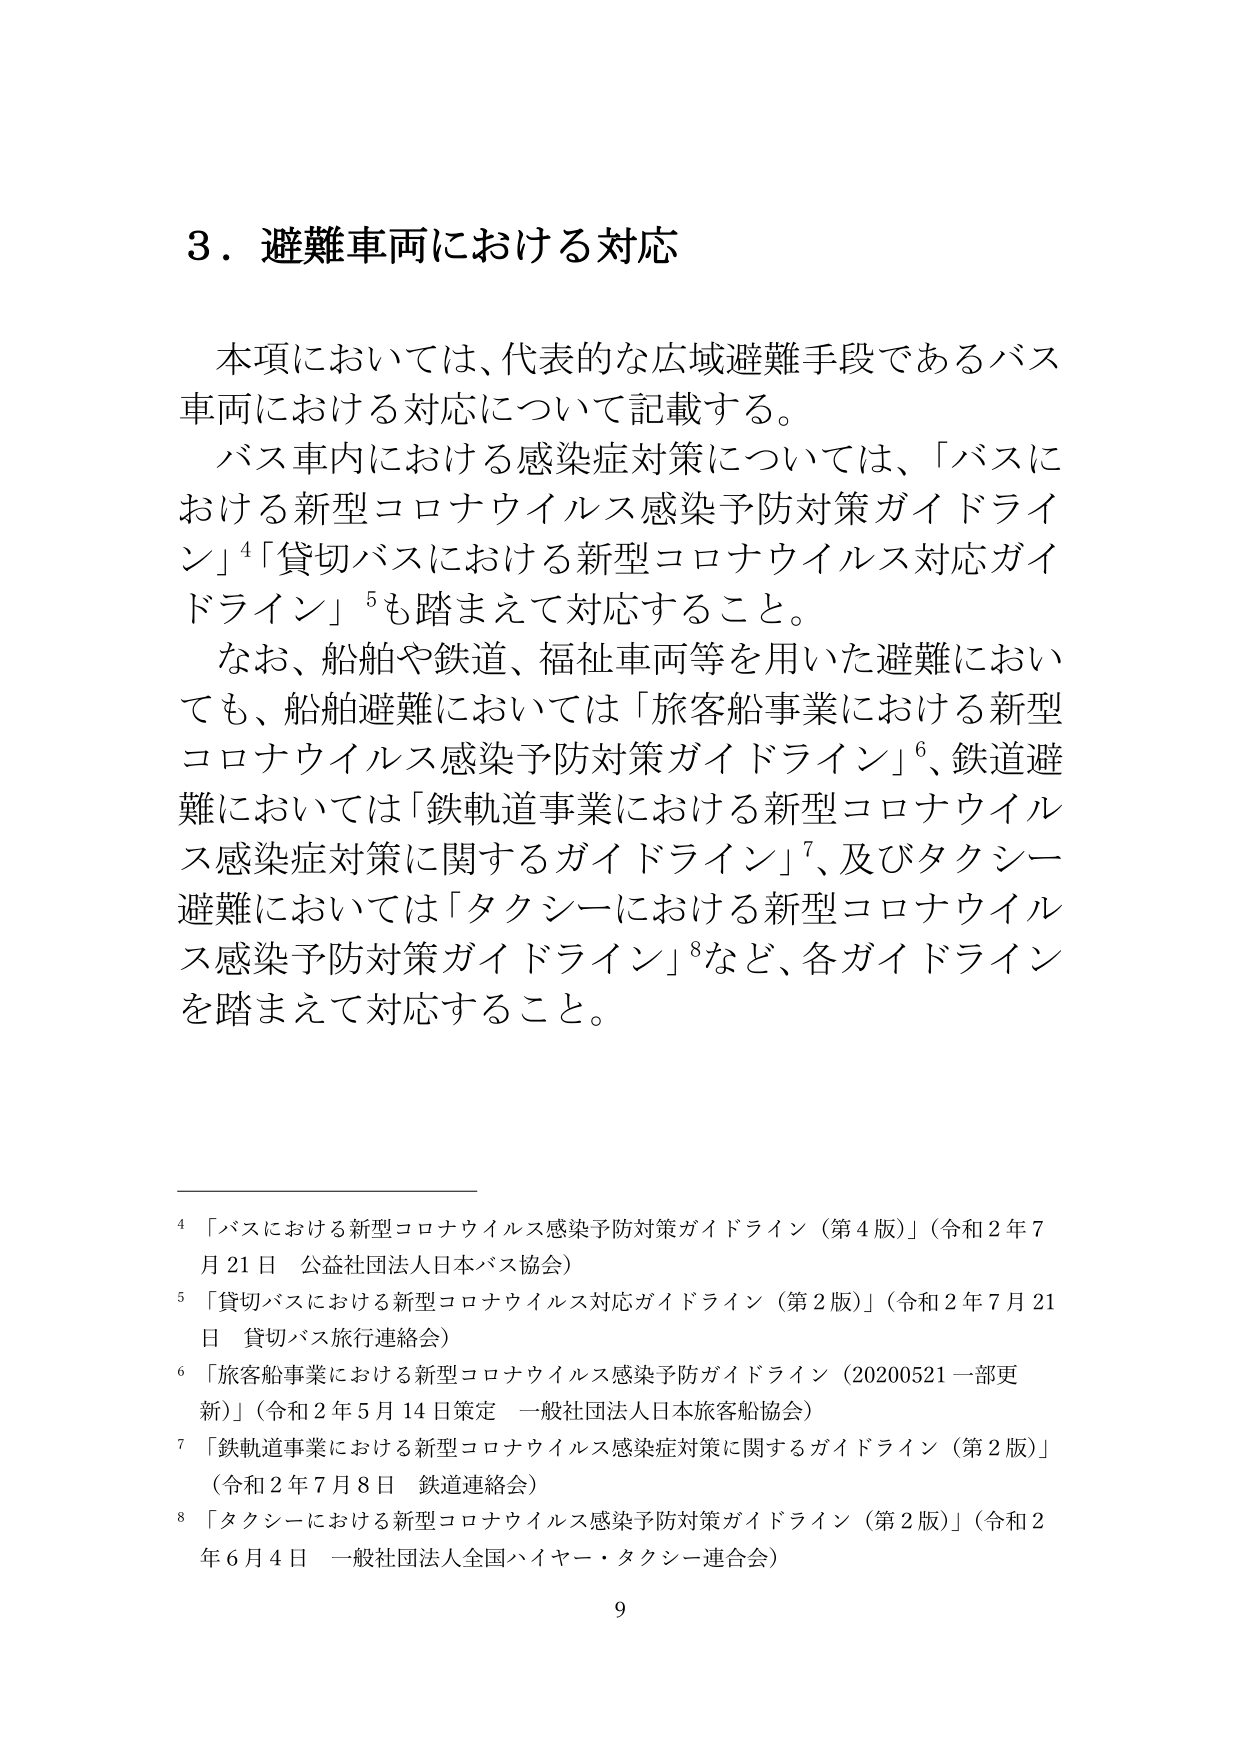
3．避難車両における対応

本項においては、代表的な広域避難手段であるバス車両における対応について記載する。
バス車内における感染症対策については、「バスにおける新型コロナウイルス感染予防対策ガイドライン」⁴「貸切バスにおける新型コロナウイルス対応ガイドライン」⁵も踏まえて対応すること。
なお、船舶や鉄道、福祉車両等を用いた避難においても、船舶避難においては「旅客船事業における新型コロナウイルス感染予防対策ガイドライン」⁶、鉄道避難においては「鉄軌道事業における新型コロナウイルス感染症対策に関するガイドライン」⁷、及びタクシー避難においては「タクシーにおける新型コロナウイルス感染予防対策ガイドライン」⁸など、各ガイドラインを踏まえて対応すること。

⁴「バスにおける新型コロナウイルス感染予防対策ガイドライン（第4版）」（令和2年7月21日 公益社団法人日本バス協会）
⁵「貸切バスにおける新型コロナウイルス対応ガイドライン（第2版）」（令和2年7月21日 貸切バス旅行連絡会）
⁶「旅客船事業における新型コロナウイルス感染予防ガイドライン（20200521一部更新）」（令和2年5月14日策定 一般社団法人日本旅客船協会）
⁷「鉄軌道事業における新型コロナウイルス感染症対策に関するガイドライン（第2版）」（令和2年7月8日 鉄道連絡会）
⁸「タクシーにおける新型コロナウイルス感染予防対策ガイドライン（第2版）」（令和2年6月4日 一般社団法人全国ハイヤー・タクシー連合会）

9